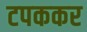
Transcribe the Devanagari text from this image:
टपककर